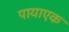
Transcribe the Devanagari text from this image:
पायाएक